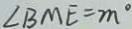
\angle B M E = m ^ { \circ }